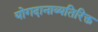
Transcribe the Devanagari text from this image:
योगदानाव्यतिरिक्त